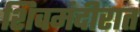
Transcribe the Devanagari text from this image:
शिवमंदीरात